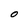
Character: O